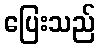
ပြေးသည်